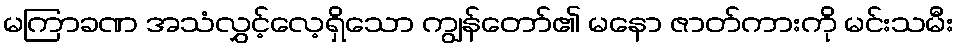
မကြာခဏ အသံလွှင့်လေ့ရှိသော ကျွန်တော်၏ မနော ဇာတ်ကားကို မင်းသမီး